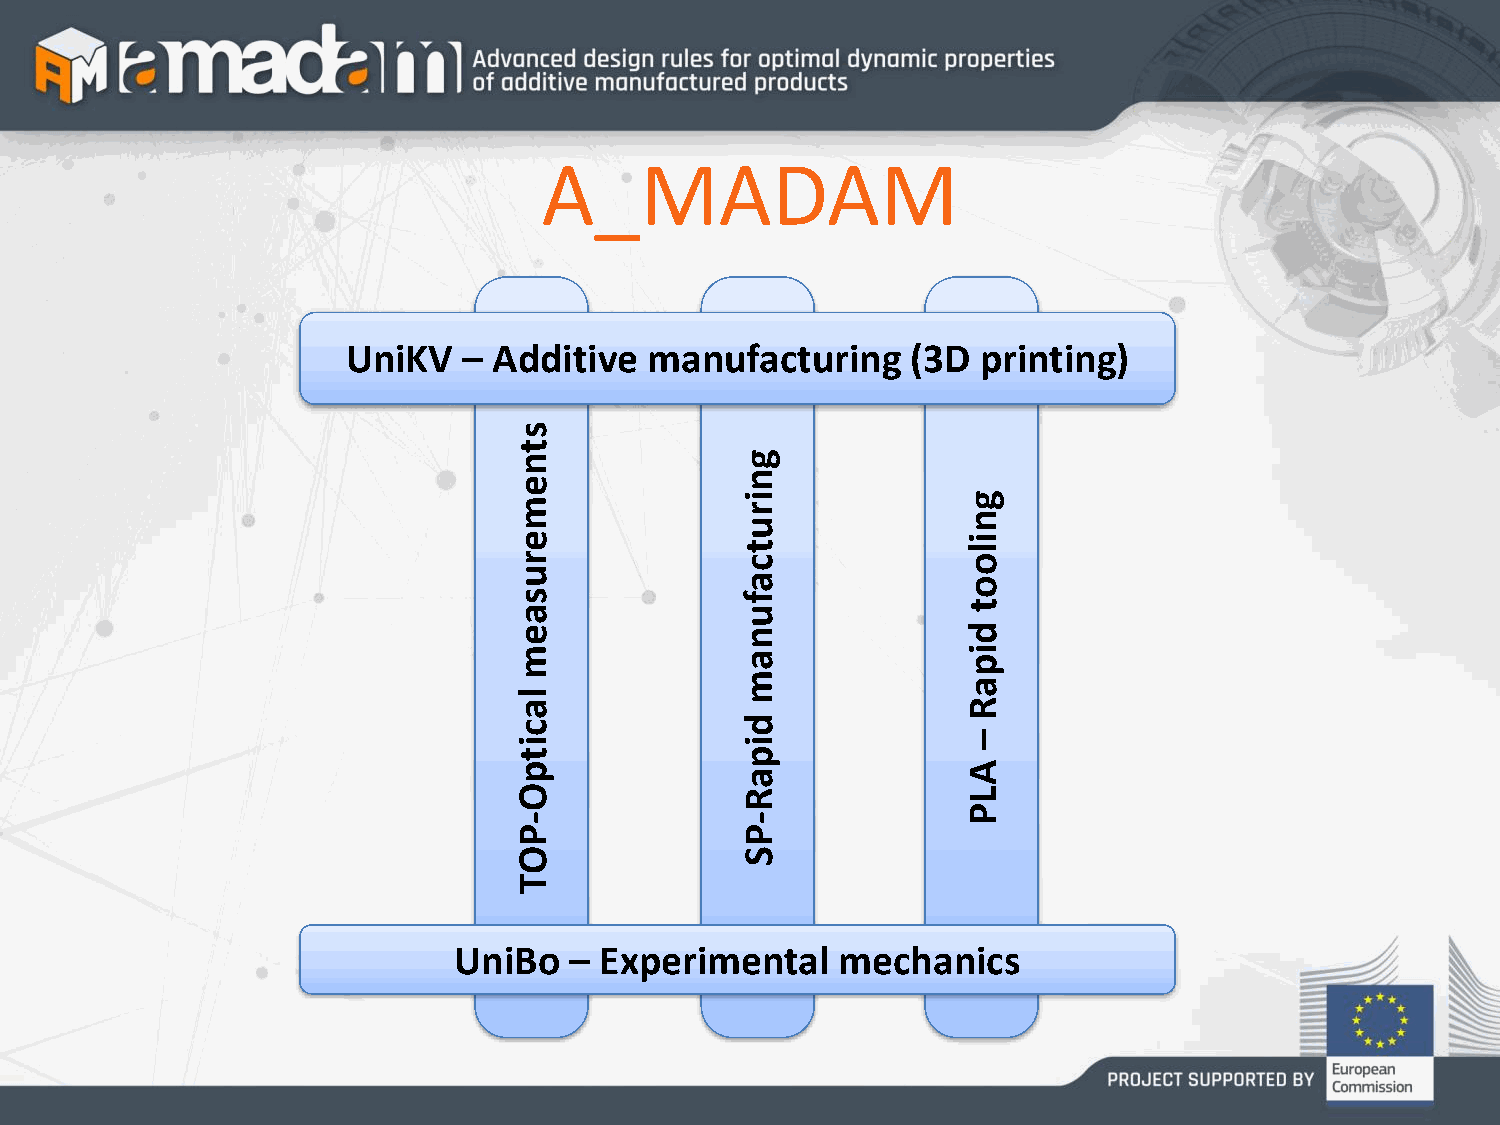
A_MADAM
 UniKV   – Additive  manufacturing    (3D  printing)
 s
 t
 n              g
 e              n
 m              i r            g
 u              n
 e              t              i l
 r              c              o
 u              a              o
 s              f
 t
 a              u
 e              n              d
 m              a              i p
 m
 a
 l
 a                             R
 c              d
 i              i              –
 t              p
 p                             A
 a
 O              R              L
 P
 -              -
 P              P
 O              S
 T
 UniBo   – Experimental   mechanics